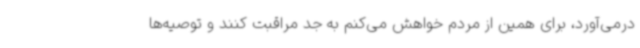
درمی‌آورد، برای همین از مردم خواهش می‌کنم به جد مراقبت کنند و توصیه‌ها